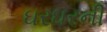
ઘરઘરની